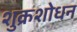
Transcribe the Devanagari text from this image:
शुक्रशोधन